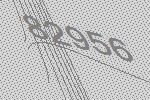
82956